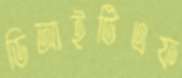
ডিআইটিএফ